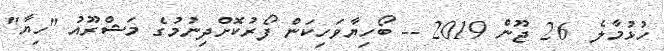
ހުޅުމާލެ  26 ޖޫން 2019 -- ބޯހިޔާވަހިކަން ފޯރުކޮށްދިނުމުގެ މަޝްރޫއު "ހިޔާ"